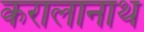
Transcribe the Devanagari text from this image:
करालानाथ